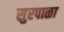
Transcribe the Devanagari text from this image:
सुरपाळा